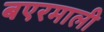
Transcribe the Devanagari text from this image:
बएरमाली